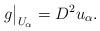
LaTeX: \begin{align*}g\big|_{U_\alpha}=D^2u_\alpha.\end{align*}